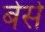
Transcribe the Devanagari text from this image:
बेसे